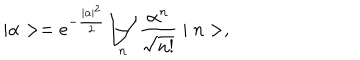
\mid \alpha > = e ^ { - \frac { \mid \alpha \mid ^ { 2 } } { 2 } } \sum _ { n } \frac { \alpha ^ { n } } { \sqrt { n ! } } \mid n > ,